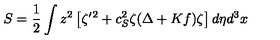
S = \frac { 1 } { 2 } \int z ^ { 2 } \left[ \zeta ^ { \prime } { } ^ { 2 } + c _ { S } ^ { 2 } \zeta ( { \Delta + K f } ) \zeta \right] d \eta d ^ { 3 } x